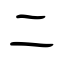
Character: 二